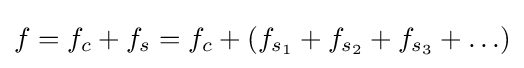
{\textstyle f=f_{c}+f_{s}=f_{c}+\left(f_{s_{1}}+f_{s_{2}}+f_{s_{3}}+\ldots \right)}